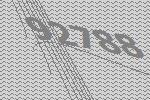
92788